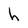
Character: h